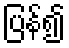
ပြန်၍